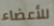
للأعضاء